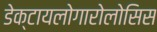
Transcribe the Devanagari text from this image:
डेक्टायलोगारोलोसिस